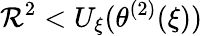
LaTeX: {\mathcal R}^{2}<U_{\xi}(\theta^{(2)}(\xi))